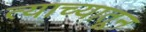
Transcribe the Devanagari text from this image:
त्याच्यातून